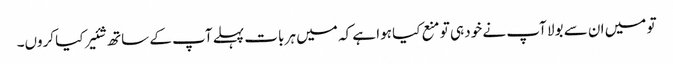
تو میں ان سے بولا آپ نے خود ہی تو منع کیا ہوا ہے کہ میں ہر بات پہلے آپ کے ساتھ شئیر کیا کروں۔